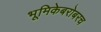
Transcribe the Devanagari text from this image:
भूमिकेबरोबरच